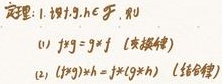
定理 1. 设 \(f,g,h\in \mathcal{F}\), 则
(1) \(f * g = g * f\) (交换律)
(2) \((f * g) * h = f * (g * h)\) (结合律)